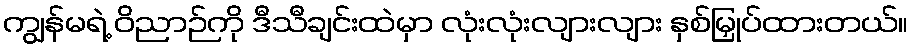
ကျွန်မရဲ့ ဝိညာဉ်ကို ဒီသီချင်းထဲမှာ လုံးလုံးလျားလျား နှစ်မြှုပ်ထားတယ်။